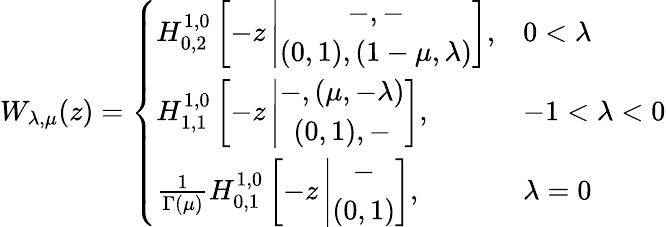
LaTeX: W_{\lambda,\mu}(z)=\left\{ \begin{array}{ll}{H_{0,2}^{1,0}\left[-z\left|\begin{array}{c}{-,-}\\ {(0,1),(1-\mu,\lambda)}\end{array}\right.\right],}&{0<\lambda}\\ {H_{1,1}^{1,0}\left[-z\left|\begin{array}{c}{-,(\mu,-\lambda)}\\ {(0,1),-}\end{array}\right.\right],}&{-1<\lambda<0}\\ {\frac{1}{\Gamma(\mu)}H_{0,1}^{1,0}\left[-z\left|\begin{array}{c}{-}\\ {(0,1)}\end{array}\right.\right],}&{\lambda=0}\end{array}\right.